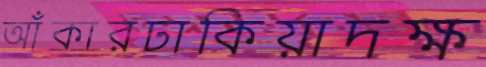
আঁকারঢাকিয়াদক্ষ